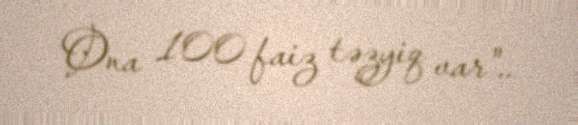
Ona 100 faiz təzyiq var"..